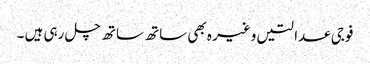
فوجی عدالتیں وغیر ہ بھی ساتھ ساتھ چل رہی ہیں ۔